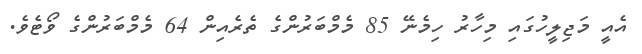
އެއީ މަޖިލީހުގައި މިހާރު ހިމެނޭ 85 މެމްބަރުންގެ ތެރެއިން 64 މެމްބަރުންގެ ވޯޓެވެ.